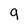
Character: g